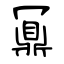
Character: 鼏